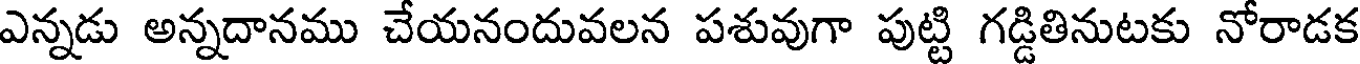
ఎన్నడు అన్నదానము చేయనందువలన పశువుగా పుట్టి గడ్డితినుటకు నోరాడక